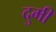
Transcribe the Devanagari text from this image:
दुमी